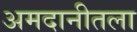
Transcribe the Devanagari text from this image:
अमदानीतला